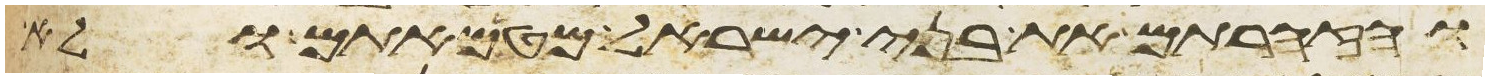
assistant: והזהרתם את בני ישראל מטמאתם ולא